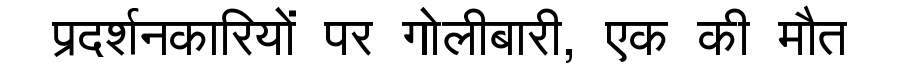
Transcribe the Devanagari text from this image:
प्रदर्शनकारियों पर गोलीबारी, एक की मौत